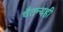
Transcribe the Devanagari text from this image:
चैतन्यही